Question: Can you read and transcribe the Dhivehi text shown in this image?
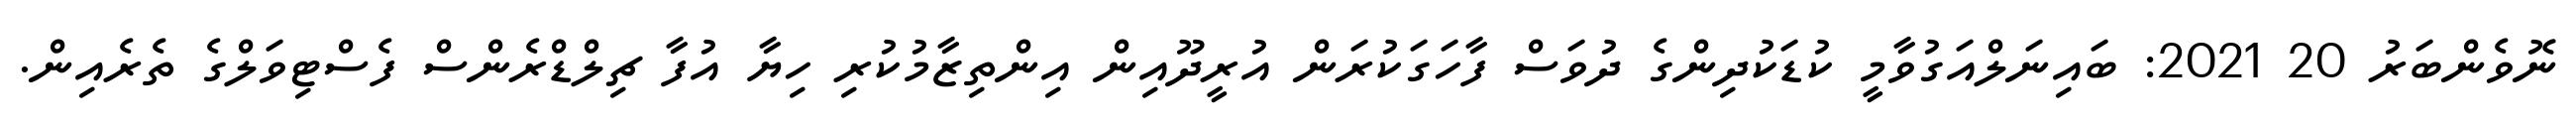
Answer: ނޮވެންބަރު 20 2021: ބައިނަލްއަގުވާމީ ކުޑަކުދިންގެ ދުވަސް ފާހަގަކުރަން އުރީދޫއިން އިންތިޒާމުކުރި ހިޔާ އުފާ ޗިލްޑްރެންސް ފެސްޓިވަލްގެ ތެރެއިން.